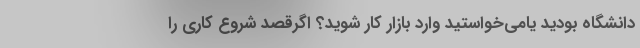
دانشگاه بودید یامی‌خواستید وارد بازار کار شوید؟ اگرقصد شروع کاری را